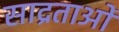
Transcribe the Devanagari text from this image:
साद्रताओं